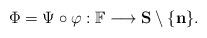
LaTeX: \begin{align*}\Phi = \Psi \circ \varphi: \mathbb{F} \longrightarrow \mathbf{S}\setminus\{ \mathbf{n} \}.\end{align*}